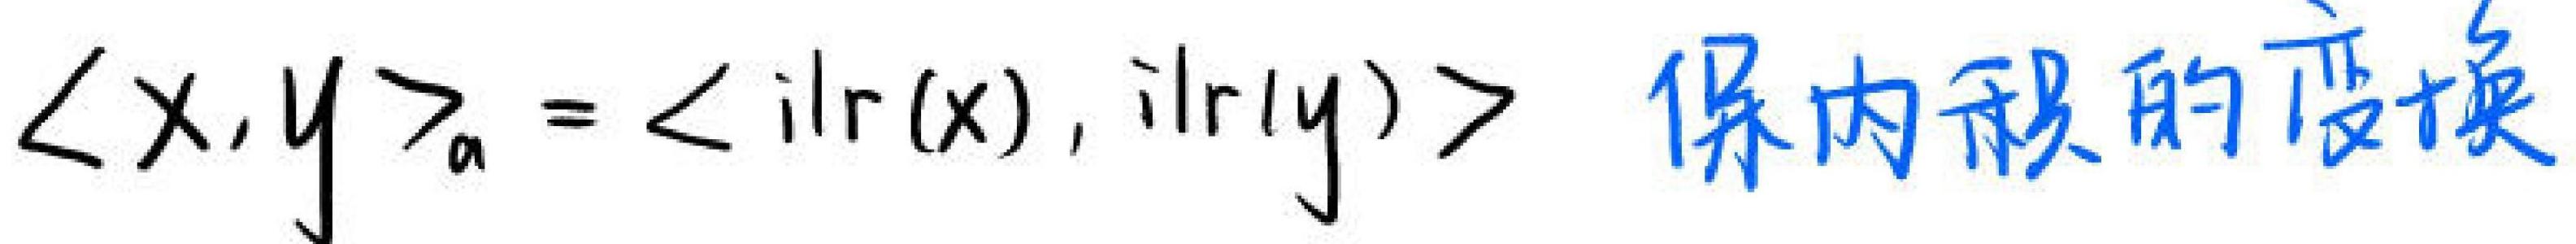
$\langle x,y\rangle_{a}=\langle \mathrm{ilr}(x),\mathrm{ilr}(y)\rangle$ 保内积的变换